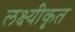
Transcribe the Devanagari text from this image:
लक्ष्यीकृत